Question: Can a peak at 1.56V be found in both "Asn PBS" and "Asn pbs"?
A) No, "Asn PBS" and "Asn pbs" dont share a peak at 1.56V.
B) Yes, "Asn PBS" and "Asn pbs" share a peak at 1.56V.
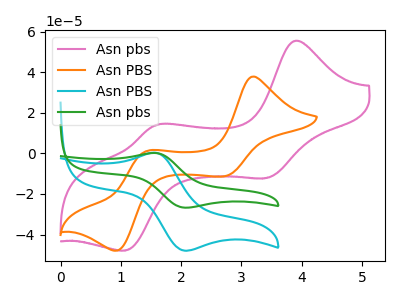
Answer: <think>The pink curve "Asn pbs" has anodic peaks at (3.90V, 55.40uA) (1.55V, 13.85uA) and cathodic peaks at (3.40V, -12.15uA) (1.05V, -47.90uA). The orange curve "Asn PBS" has anodic peaks at (3.20V, 37.85uA) (1.45V, 1.25uA) and cathodic peaks at (2.70V, -11.30uA) (0.90V, -48.00uA). The cyan curve "Asn PBS" has an anodic peak at (1.55V, 0.35uA) and a cathodic peak at (2.05V, -47.95uA). The green curve "Asn pbs" has an anodic peak at (1.55V, 0.20uA) and a cathodic peak at (2.05V, -26.75uA).</think>
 <answer>B) Yes, "Asn PBS" and "Asn pbs" share a peak at 1.56V.</answer>
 <eval>B</eval>